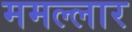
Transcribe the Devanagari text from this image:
ममल्लार